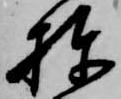
棟